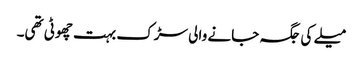
میلے کی جگہ جانے والی سڑک بہت چھوٹی تھی۔